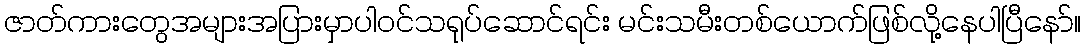
ဇာတ်ကားတွေအများအပြားမှာပါဝင်သရုပ်ဆောင်ရင်း မင်းသမီးတစ်ယောက်ဖြစ်လို့နေပါပြီနော်။